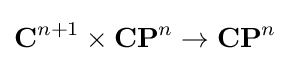
\mathbf {C} ^{n+1}\times \mathbf {CP} ^{n}\to \mathbf {CP} ^{n}